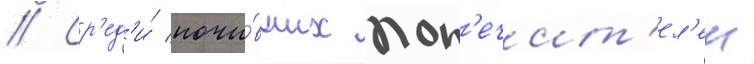
// Ср'ед'и́ почи́вших поп'ечит'ел'еи